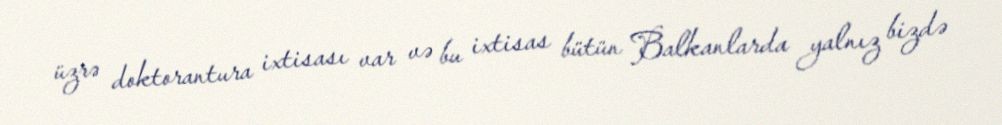
üzrə doktorantura ixtisası var və bu ixtisas bütün Balkanlarda yalnız bizdə